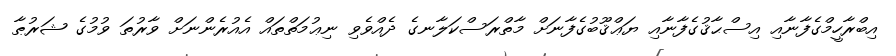
އިބްރާހީމްގެފާނާއި އިސްޙާޤުގެފާނާއި ޔަޢްޤޫބުގެފާނަށް މާތްރަސްކަލާނގެ ދެއްވެވި ނިޢުމަތްތައް އެއުރެންނަށް ވާރުތަ ވުމުގެ ޝަރުޠާ